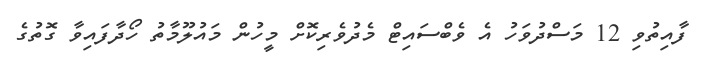
ފާއިތުވި 12 މަސްދުވަހު އެ ވެބްސައިޓް މެދުވެރިކޮށް މީހުން މައުލޫމާތު ހޯދާފައިވާ ގޮތުގެ